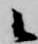
候